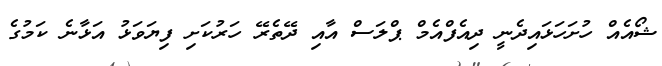
ޝޯއެއް ހުށަހަޅައިދެނީ ދިއެފްއެމް ޕްލަސް އާއި ދޭތެރޭ ހަރުކަށި ފިޔަވަޅު އަޅާނެ ކަމުގެ